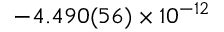
- 4 . 4 9 0 ( 5 6 ) \times 1 0 ^ { - 1 2 }